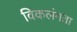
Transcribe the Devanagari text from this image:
विकलंगता